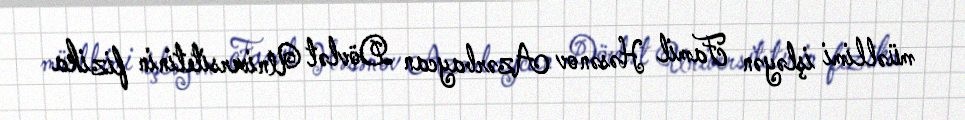
müəllimi işləyən Famil Həsənov Azərbaycan Dövlət Universitetinin fizika